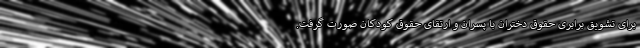
برای تشویق برابری حقوق دختران با پسران و ارتقای حقوق کودکان صورت گرفت.